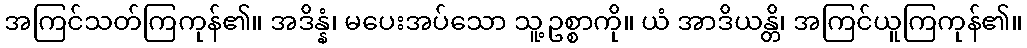
အကြင်သတ်ကြကုန်၏။ အဒိန္နံ၊ မပေးအပ်သော သူ့ဥစ္စာကို။ ယံ အာဒိယန္တိ၊ အကြင်ယူကြကုန်၏။